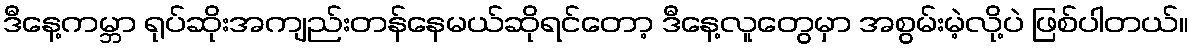
ဒီနေ့ကမ္ဘာ ရုပ်ဆိုးအကျည်းတန်နေမယ်ဆိုရင်တော့ ဒီနေ့လူတွေမှာ အစွမ်းမဲ့လို့ပဲ ဖြစ်ပါတယ်။